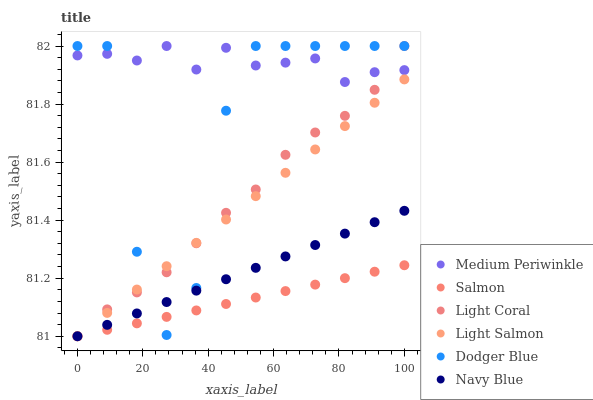
| xaxis_label | Medium Periwinkle | Salmon | Light Coral | Light Salmon | Dodger Blue | Navy Blue |
 | --- | --- | --- | --- | --- | --- | --- |
 | 0 | 82 | 81 | 81 | 81 | 82 | 81 |
 | 9.09 | 82 | 81 | 81.1 | 81.1 | 82 | 81 |
 | 18.2 | 82 | 81 | 81.2 | 81.2 | 81.3 | 81.1 |
 | 27.3 | 82 | 81.1 | 81.2 | 81.2 | 81 | 81.1 |
 | 36.4 | 81.9 | 81.1 | 81.3 | 81.3 | 81.2 | 81.2 |
 | 45.5 | 82 | 81.1 | 81.4 | 81.4 | 81.8 | 81.2 |
 | 54.5 | 81.9 | 81.1 | 81.5 | 81.5 | 82 | 81.2 |
 | 63.6 | 81.9 | 81.2 | 81.6 | 81.6 | 82 | 81.3 |
 | 72.7 | 82 | 81.2 | 81.7 | 81.6 | 82 | 81.3 |
 | 81.8 | 81.9 | 81.2 | 81.8 | 81.7 | 82 | 81.4 |
 | 90.9 | 81.9 | 81.2 | 81.8 | 81.8 | 82 | 81.4 |
 | 100 | 81.9 | 81.2 | 82 | 81.9 | 82 | 81.4 |